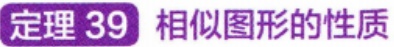
定理 39 相似图形的性质